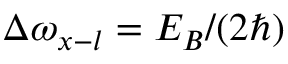
\Delta \omega _ { x - l } = E _ { B } / ( 2 \hbar )